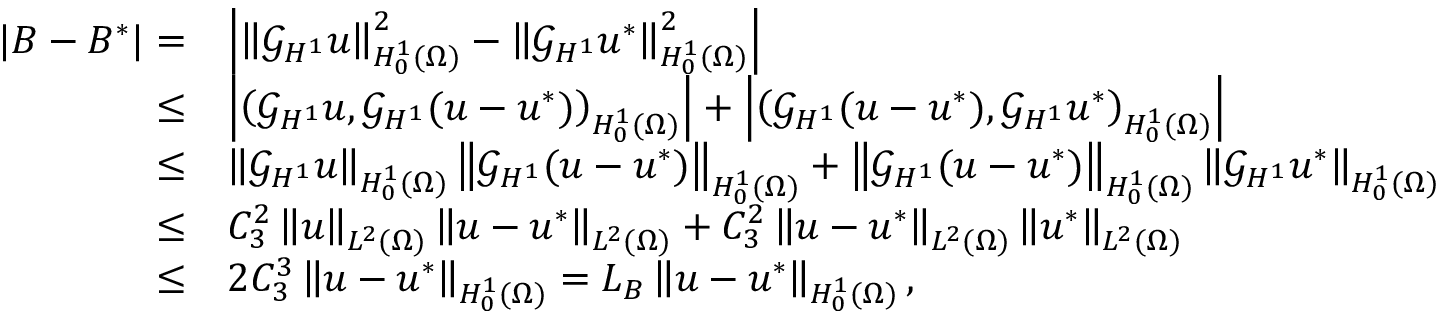
\begin{array} { r l } { | B - B ^ { * } | = } & { \left| \left\Vert \mathcal { G } _ { H ^ { 1 } } u \right\Vert _ { H _ { 0 } ^ { 1 } ( \Omega ) } ^ { 2 } - \left\Vert \mathcal { G } _ { H ^ { 1 } } u ^ { * } \right\Vert _ { H _ { 0 } ^ { 1 } ( \Omega ) } ^ { 2 } \right| } \\ { \leq } & { \left| \left( \mathcal { G } _ { H ^ { 1 } } u , \mathcal { G } _ { H ^ { 1 } } ( u - u ^ { * } ) \right) _ { H _ { 0 } ^ { 1 } ( \Omega ) } \right| + \left| \left( \mathcal { G } _ { H ^ { 1 } } ( u - u ^ { * } ) , \mathcal { G } _ { H ^ { 1 } } u ^ { * } \right) _ { H _ { 0 } ^ { 1 } ( \Omega ) } \right| } \\ { \leq } & { \left\Vert \mathcal { G } _ { H ^ { 1 } } u \right\Vert _ { H _ { 0 } ^ { 1 } ( \Omega ) } \left\Vert \mathcal { G } _ { H ^ { 1 } } ( u - u ^ { * } ) \right\Vert _ { H _ { 0 } ^ { 1 } ( \Omega ) } + \left\Vert \mathcal { G } _ { H ^ { 1 } } ( u - u ^ { * } ) \right\Vert _ { H _ { 0 } ^ { 1 } ( \Omega ) } \left\Vert \mathcal { G } _ { H ^ { 1 } } u ^ { * } \right\Vert _ { H _ { 0 } ^ { 1 } ( \Omega ) } } \\ { \leq } & { C _ { 3 } ^ { 2 } \left\Vert u \right\Vert _ { L ^ { 2 } ( \Omega ) } \left\Vert u - u ^ { * } \right\Vert _ { L ^ { 2 } ( \Omega ) } + C _ { 3 } ^ { 2 } \left\Vert u - u ^ { * } \right\Vert _ { L ^ { 2 } ( \Omega ) } \left\Vert u ^ { * } \right\Vert _ { L ^ { 2 } ( \Omega ) } } \\ { \leq } & { 2 C _ { 3 } ^ { 3 } \left\Vert u - u ^ { * } \right\Vert _ { H _ { 0 } ^ { 1 } ( \Omega ) } = L _ { B } \left\Vert u - u ^ { * } \right\Vert _ { H _ { 0 } ^ { 1 } ( \Omega ) } , } \end{array}